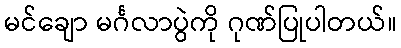
မင်ချော မင်္ဂလာပွဲကို ဂုဏ်ပြုပါတယ်။